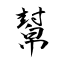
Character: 幫